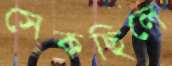
সেকছিলে